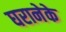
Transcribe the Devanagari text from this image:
घरानेके